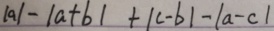
\vert a \vert - \vert a + b \vert + \vert c - b \vert - \vert a - c \vert